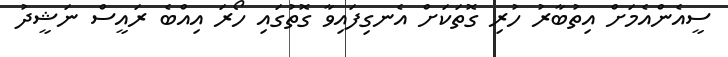
ސީއެންއެމަށް އިތުބާރު ހުރި ގޮތަކަށް އެނގިފައިވާ ގޮތުގައި ހޯރަ އިއްބެ ރައީސް ނަޝީދު